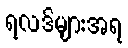
ရလဒ်များအရ